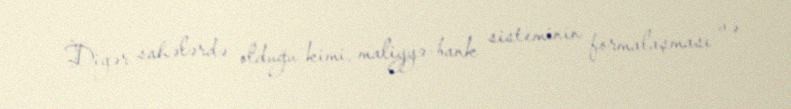
Digər sahələrdə olduğu kimi, maliyyə-bank sisteminin formalaşması və